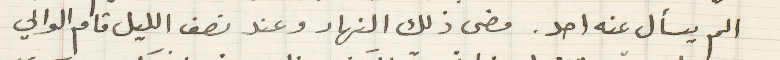
الم يسأل عنه احد. مضى ذلك النهار وعند نصف الليل قام الوالي